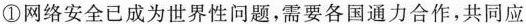
①网络安全已成为世界性问题，需要各国通力合作，共同应